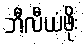
ဘီလီယံဖိုး